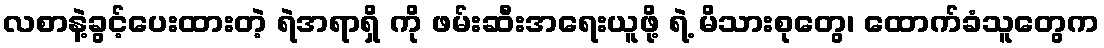
လစာနဲ့ခွင့်ပေးထားတဲ့ ရဲအရာရှိ ကို ဖမ်းဆီးအရေးယူဖို့ ရဲ့ မိသားစုတွေ၊ ထောက်ခံသူတွေက